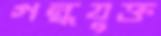
গন্ধযুক্ত